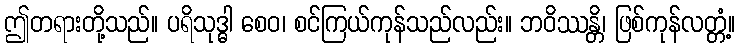
ဤတရားတို့သည်။ ပရိသုဒ္ဓါ စေဝ၊ စင်ကြယ်ကုန်သည်လည်း။ ဘဝိဿန္တိ၊ ဖြစ်ကုန်လတ္တံ့။